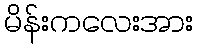
မိန်းကလေးအား